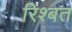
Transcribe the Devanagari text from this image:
रिश्बत